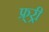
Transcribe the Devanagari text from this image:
फ्र्र्र्री